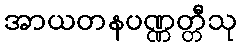
အာယတနပဏ္ဏတ္တီသု